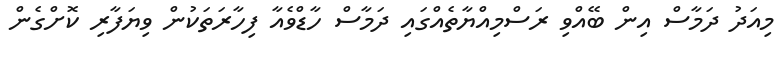
މިއަދު ދަމާސް އިން ބޭއްވި ރަސްމިއްޔާތެއްގައި ދަމާސް ހާޑްވެއާ ފިހާރަތަކުން ވިޔަފާރި ކޮށްގެން